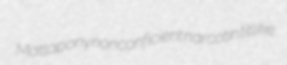
Mattapony nonconficient narcotin titlike